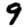
Digit: 9